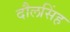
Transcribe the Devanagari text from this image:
दौलसिंह